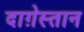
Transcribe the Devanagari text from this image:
दाग़ेस्तान